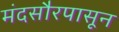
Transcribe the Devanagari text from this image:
मंदसौरपासून